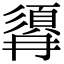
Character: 𩒹